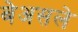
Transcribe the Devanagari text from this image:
बेअसले